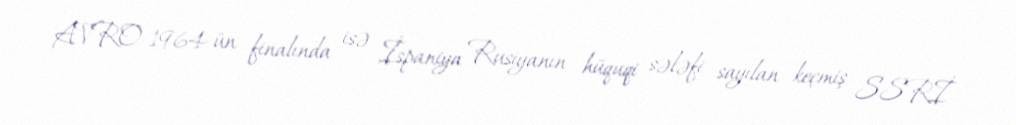
AVRO-1964-ün finalında isə İspaniya Rusiyanın hüquqi sələfi sayılan keçmiş SSRİ